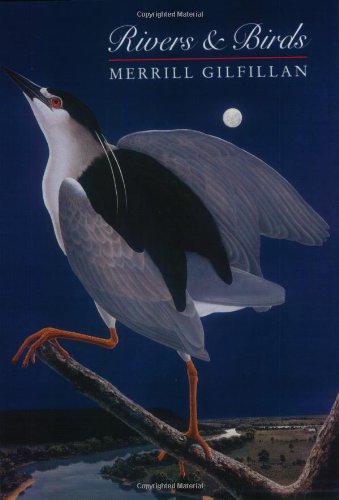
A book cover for Rivers and Birds; Merrill Gilfillan; Travel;